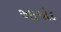
આજોદ